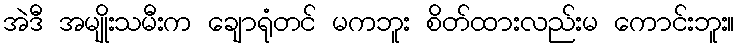
အဲဒီ အမျိုးသမီးက ချောရုံတင် မကဘူး စိတ်ထားလည်းမ ကောင်းဘူး။